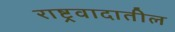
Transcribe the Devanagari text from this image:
राष्ट्रवादातील